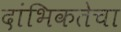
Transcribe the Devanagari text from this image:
दांभिकतेचा